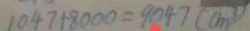
1 0 4 7 + 8 0 0 0 = 9 0 4 7 ( c m ^ { 3 } )